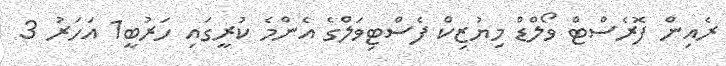
ރެއިން ފޮރެސްޓް ވޯލްޑް މިޔުޒިކް ފެސްޓިވަލްގެ އެންމެ ކުރީގައި ހަރުބީ1 އަހަރު 3